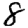
Digit: 8